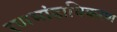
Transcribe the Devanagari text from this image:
रणभांडाधिकरण